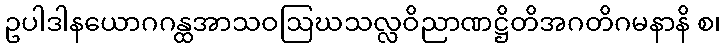
ဥပါဒါနယောဂဂန္ထအာသဝဩဃသလ္လဝိညာဏဋ္ဌိတိအဂတိဂမနာနိ စ၊